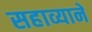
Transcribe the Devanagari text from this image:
सहाव्याने